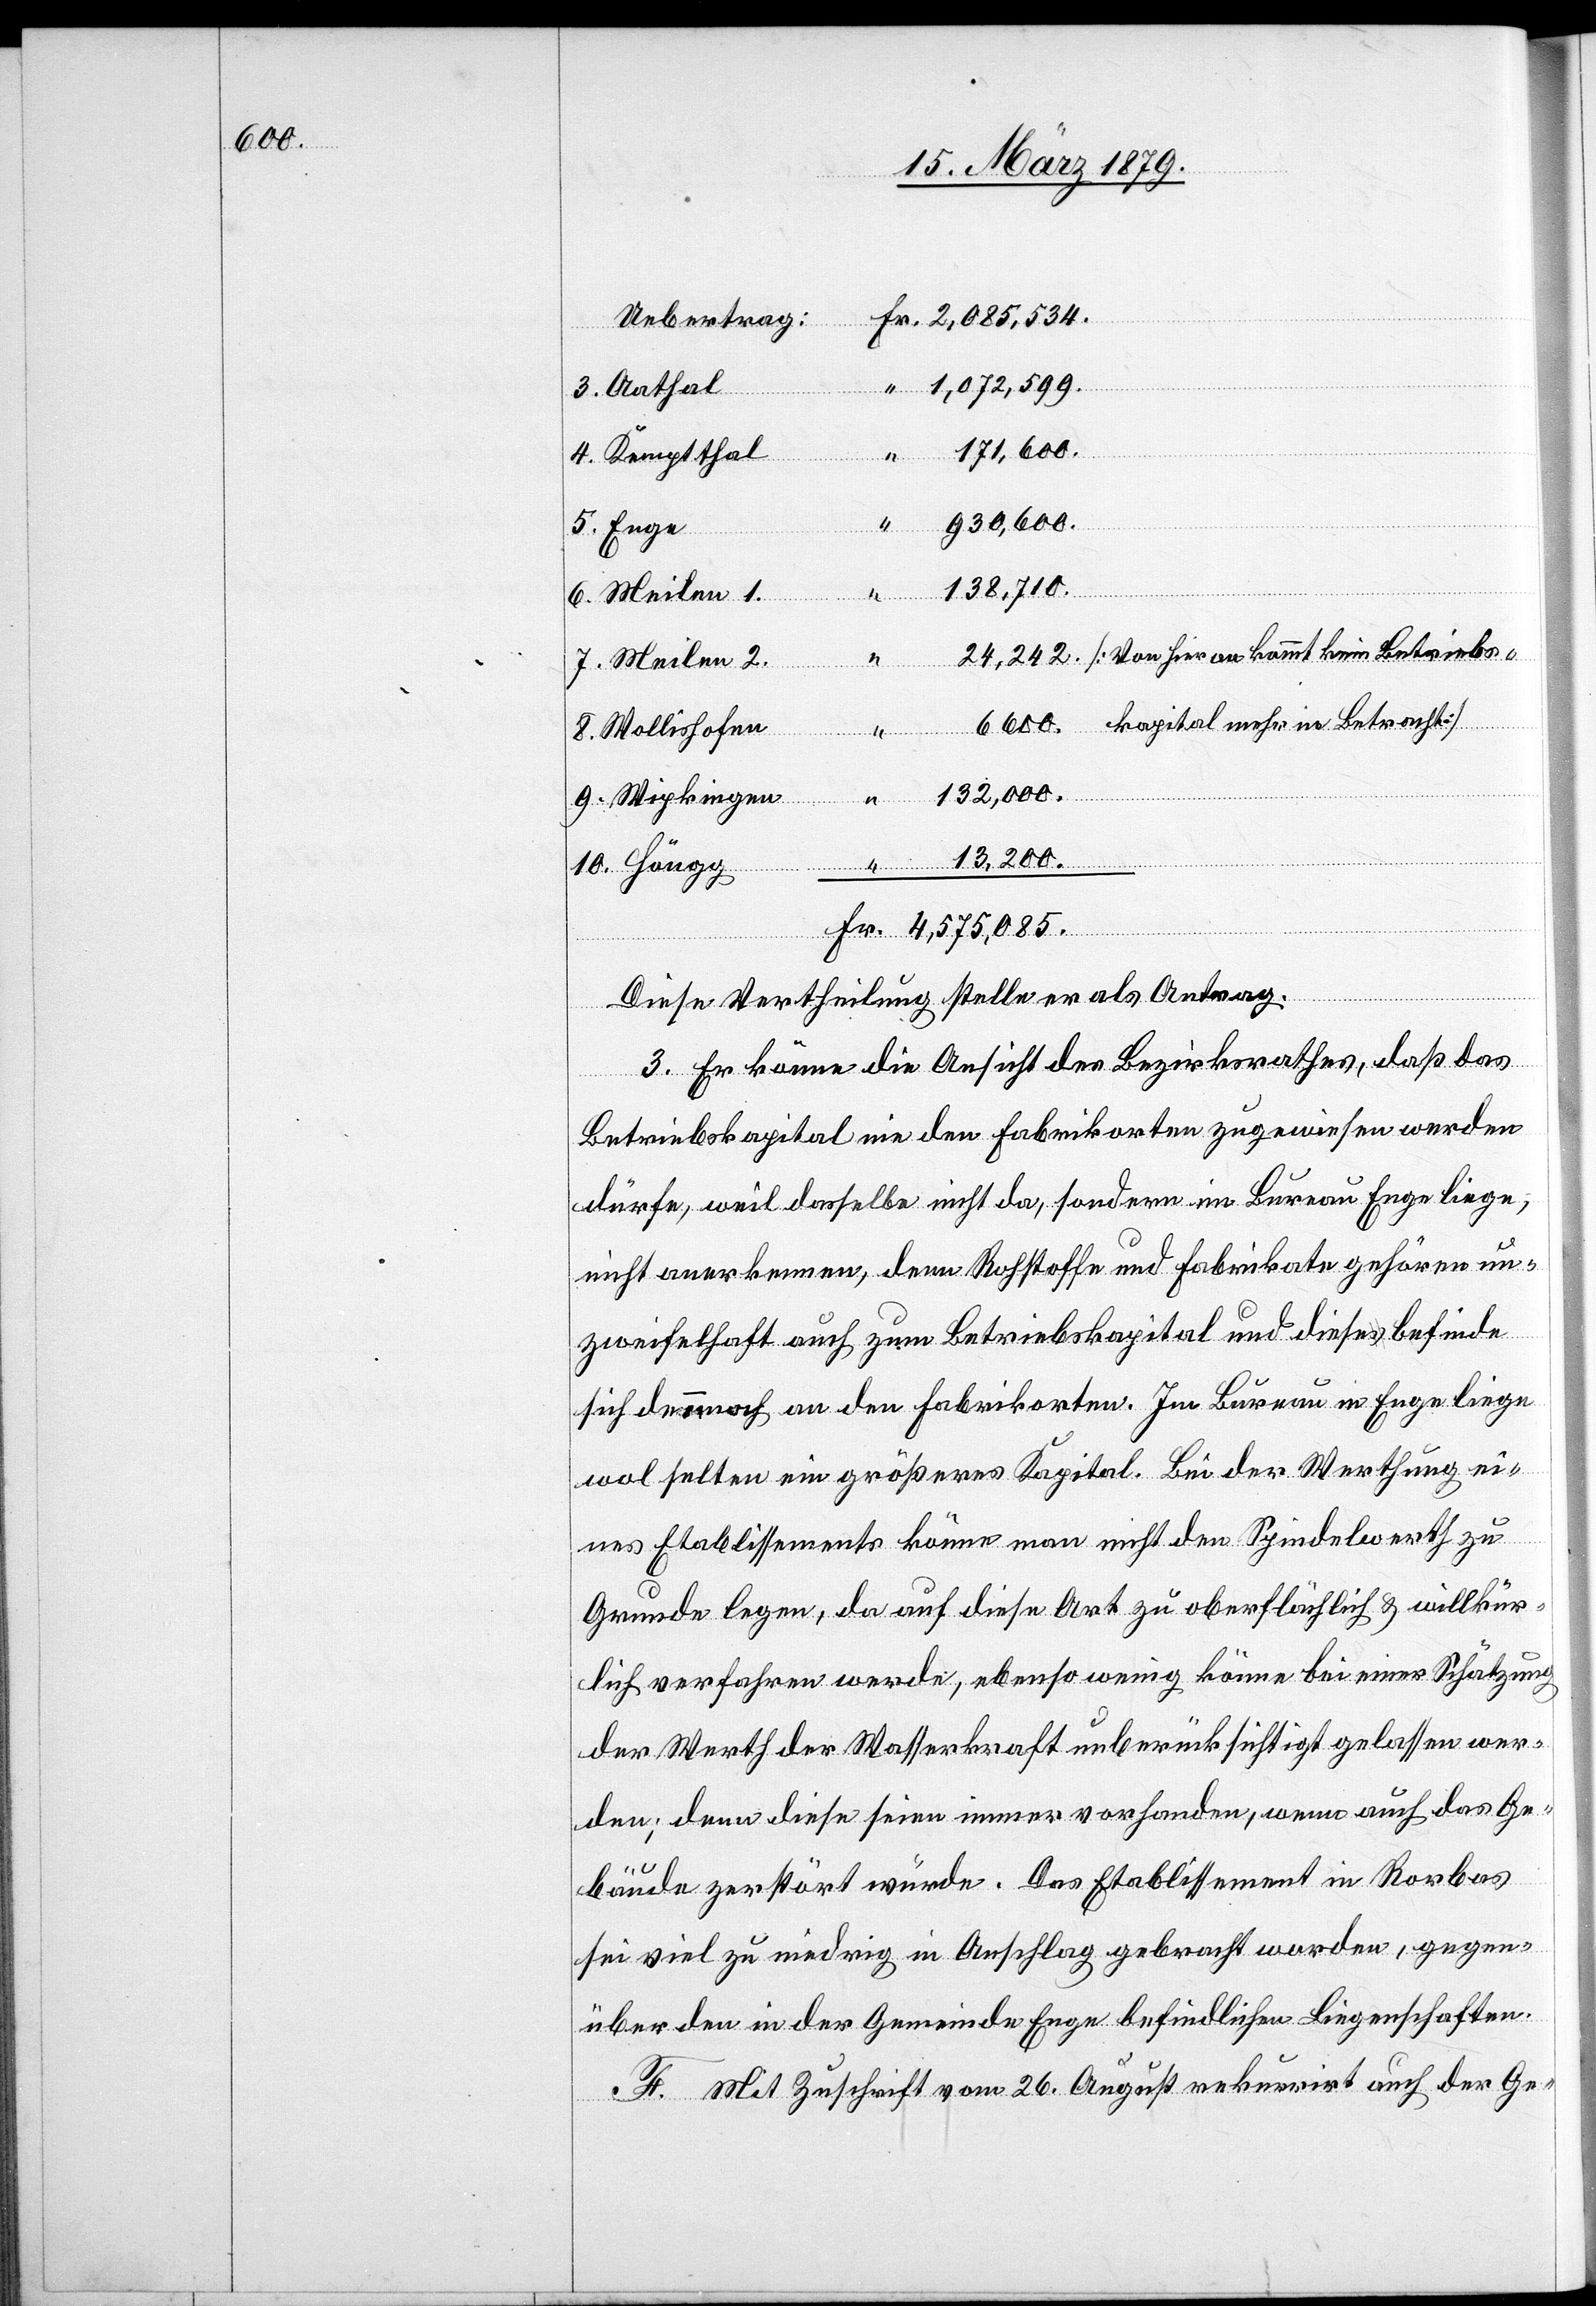
6600.

Uebertrag:
“
1,072,599.
3. Aathal
171,600.
4. Kemptthal
930,600.
5. Enge
138,710.
10. Höngg
6. Meilen 1.
kommt
7. Meilen 2.
Betri¬
ebskapital mehr in Betracht]
an
8. Wollishofen
132,000.
9. Wipkingen
Fr.
Diese Vertheilung stelle er als Antrag.
3. Er könne die Ansicht des Bezirksrathes, daß das
Betriebskapital nie den Fabrikorten zugewiesen werden
dürfe, weil dasselbe nicht da, sondern im Bureau Enge liege,
nicht anerkennen, denn Rohstoffe und Fabrikate gehören un¬
zweifelhaft auch zum Betriebskapital und dieses befinde
sich dennnoch [sic!] an den Fabrikorten. Im Bureau in Enge liege
wol selten ein größeres Kapital. Bei der Werthung ei¬
nes Etablissements könne man nicht den Spindelwerth zu
Grunde legen, da auf diese Art zu oberflächlich & willkür¬
lich verfahren werde, ebenso wenig könne bei einer Schätzung
der Werth der Wasserkraft unberücksichtigt gelassen wer¬
den; denn diese seien [sic!] immer vorhanden, wenn auch das Ge¬
bäude zerstört würde. Das Etablissement in Rorbas
sei viel zu niedrig in Anschlag gebracht worden, gegen¬
über den in der Gemeinde Enge befindlichen Liegenschaften.
F. Mit Zuschrift vom 26. August rekurrirt auch der Ge-